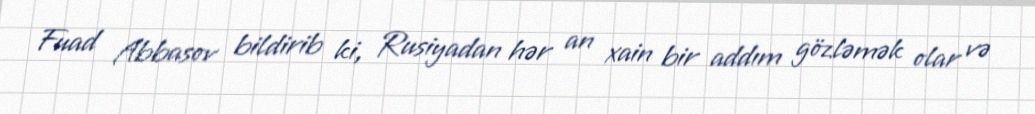
Fuad Abbasov bildirib ki, Rusiyadan hər an xain bir addım gözləmək olar və